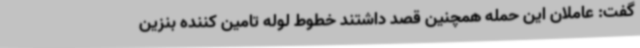
گفت: عاملان این حمله همچنین قصد داشتند خطوط لوله تامین کننده بنزین